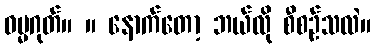
ဓမ္မဂုတ်။ ။ နောက်တော့ ဘယ်လို စီစဉ်သလဲ။